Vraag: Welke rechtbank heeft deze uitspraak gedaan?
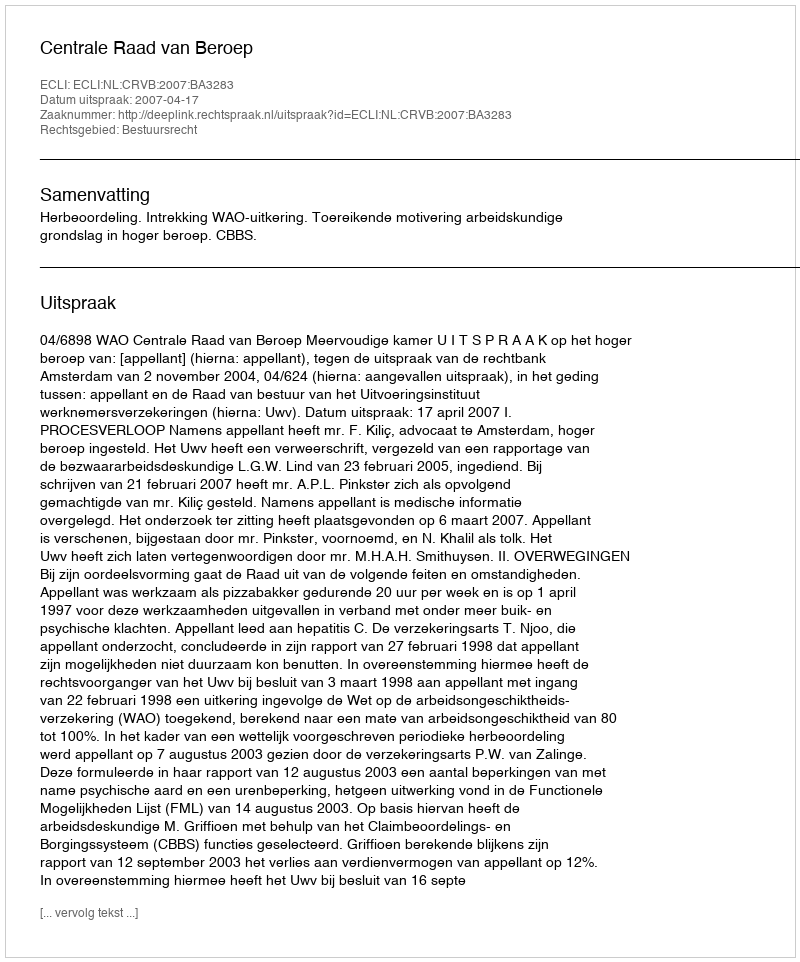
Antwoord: Centrale Raad van Beroep